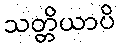
သတ္တိယာပိ